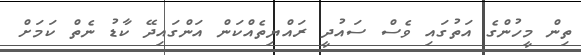
ތިން މީހުންގެ އަތުގައި ވެސް ސައުދީ ރައްޔިތެއްކަން އަންގައިދޭ ކާޑު ނެތް ކަމަށް